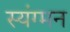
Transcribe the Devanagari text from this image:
स्यंग्मन